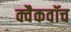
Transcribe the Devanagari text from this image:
क्वैकवॉच